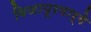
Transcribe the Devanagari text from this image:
विजापूरमार्गे